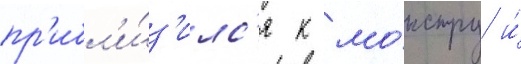
пр'ибл'и́з'илс'я к мо́нстру и́